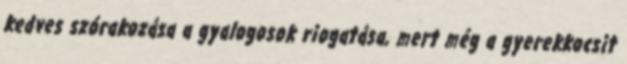
kedves szórakozása a gyalogosok riogatása, mert még a gyerekkocsit